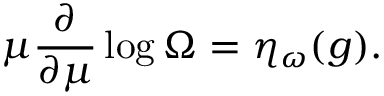
\mu \frac { \partial } { \partial \mu } \log \Omega = \eta _ { \omega } ( g ) .